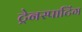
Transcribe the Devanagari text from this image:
ट्रेनस्पाटिंग